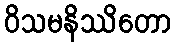
ဝိသမနိဿိတော